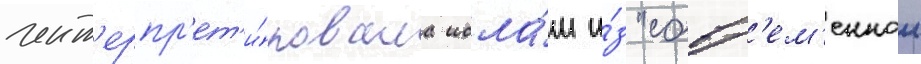
инт'ерпр'ет'и́ровала исла́м и́з "совр'ем'еннои